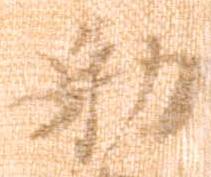
勅